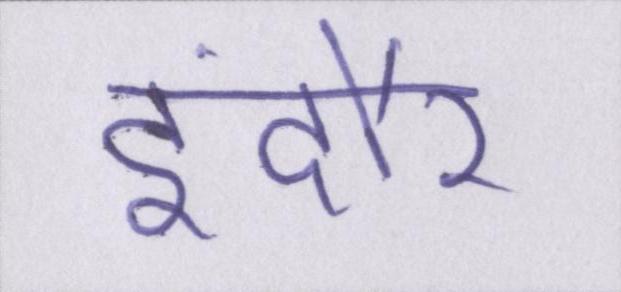
इंदौर